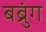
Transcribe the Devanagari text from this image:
बब्रुंग